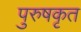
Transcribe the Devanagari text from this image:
पुरुषकृत